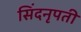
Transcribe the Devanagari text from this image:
सिंदनृपती